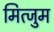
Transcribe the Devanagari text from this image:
मित्जुम